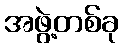
အဖွဲ့တစ်ခု